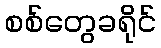
စစ်တွေခရိုင်